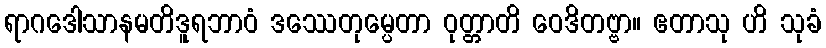
ရာဂဒေါသာနမတိဒူရဘာဝံ ဒဿေတုမ္ပေတာ ဝုတ္တာတိ ဝေဒိတဗ္ဗာ။ ဧတာသု ဟိ သုခံ